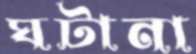
ঘটানা